Burma Government Medical School reports 1923-41
Year: 1923
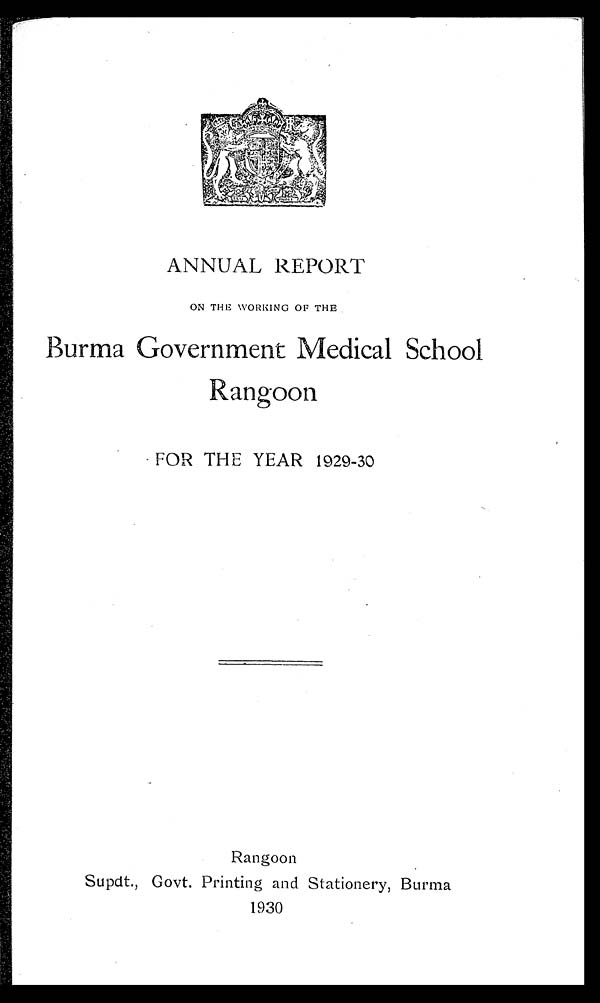
ANNUAL REPORT
ON THE WORKING OF THE
Burma Government Medical School
Rangoon
FOR THE YEAR 1929-30
Rangoon
Supdt., Govt. Printing and Stationery, Burma
1930